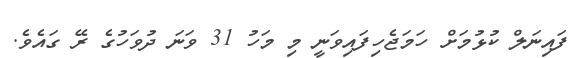
ފައިނަލް ކުޅުމަށް ހަމަޖެހިފައިވަނީ މި މަހު 31 ވަނަ ދުވަހުގެ ރޭ ގައެވެ.